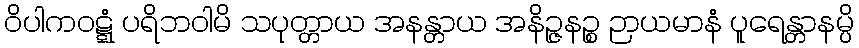
ဝိပါကဝဋ္ဋံ ပရိဘဝါမိ သပုတ္တာယ အနန္တာယ အနိဉ္ဇနဉ္စ ဉာယမာနံ ပူရေန္တာနမ္ပိ